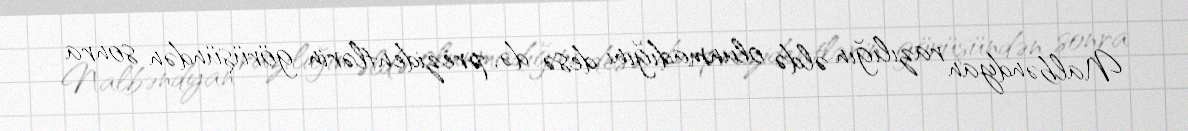
Nalbəndyan razılığın əldə olunmadığını desə də, prezidentlərin görüşündən sonra